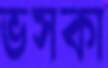
ভসকা